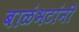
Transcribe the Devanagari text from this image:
बाळंभटांनी